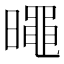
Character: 𣋋